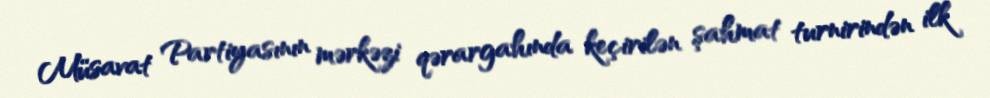
Müsavat Partiyasının mərkəzi qərargahında keçirilən şahmat turnirindən ilk